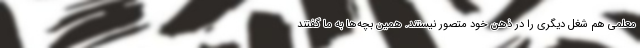
معلمی هم شغل دیگری را در ذهن خود متصور نیستند. همین بچه‌ها به ما گفتند